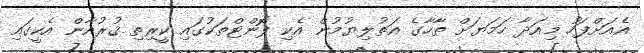
އެއަށްފަހު މިއަދާ ހަމަޔަށް ޠާހާގެ އަތުލިޔުމުން އެކި ފޮންޓްތަކުގައި ކީރިތި ޤުރުއާން އެކީގައި